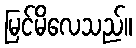
မြင်မိလေသည်။